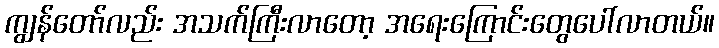
ကျွန်တော်လည်း အသက်ကြီးလာတော့ အရေးကြောင်းတွေပေါ်လာတယ်။